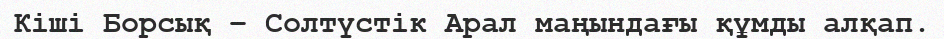
Кіші Борсық – Солтүстік Арал маңындағы құмды алқап.